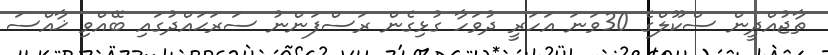
ތާޖުއްދީން ސްކޫލްގެ 30ވަނަ އަހަރީ ދުވަހާ ގުޅިގެން ރަސްފަންނު ސަރަޙައްދުގައި ބޭއްވި ޚާއްސަ